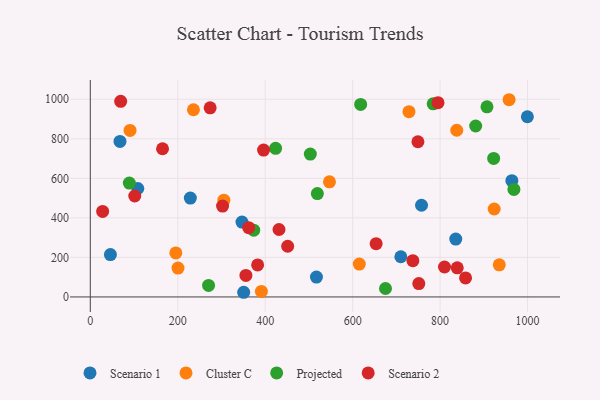
{"axis": {"x": "Price", "y": "Yield"}, "legend": ["Cluster C", "Projected", "Scenario 1", "Scenario 2"], "data": [{"x": "835.8", "y": 292.6, "type": "Scenario 1"}, {"x": "964.1", "y": 588.1, "type": "Scenario 1"}, {"x": "999.6", "y": 911.4, "type": "Scenario 1"}, {"x": "757.5", "y": 463.8, "type": "Scenario 1"}, {"x": "67.9", "y": 786.5, "type": "Scenario 1"}, {"x": "46.0", "y": 214.5, "type": "Scenario 1"}, {"x": "108.6", "y": 548.6, "type": "Scenario 1"}, {"x": "346.9", "y": 378.8, "type": "Scenario 1"}, {"x": "710.2", "y": 203.4, "type": "Scenario 1"}, {"x": "350.8", "y": 23.6, "type": "Scenario 1"}, {"x": "517.2", "y": 100.3, "type": "Scenario 1"}, {"x": "228.8", "y": 500.0, "type": "Scenario 1"}, {"x": "615.2", "y": 166.0, "type": "Cluster C"}, {"x": "235.9", "y": 946.9, "type": "Cluster C"}, {"x": "547.0", "y": 582.3, "type": "Cluster C"}, {"x": "935.3", "y": 162.7, "type": "Cluster C"}, {"x": "200.6", "y": 146.1, "type": "Cluster C"}, {"x": "195.6", "y": 222.8, "type": "Cluster C"}, {"x": "90.9", "y": 842.2, "type": "Cluster C"}, {"x": "728.8", "y": 937.4, "type": "Cluster C"}, {"x": "923.7", "y": 444.9, "type": "Cluster C"}, {"x": "305.5", "y": 489.5, "type": "Cluster C"}, {"x": "957.8", "y": 997.6, "type": "Cluster C"}, {"x": "838.1", "y": 843.2, "type": "Cluster C"}, {"x": "391.3", "y": 27.8, "type": "Cluster C"}, {"x": "784.2", "y": 977.1, "type": "Projected"}, {"x": "675.1", "y": 42.8, "type": "Projected"}, {"x": "89.3", "y": 575.9, "type": "Projected"}, {"x": "373.8", "y": 337.7, "type": "Projected"}, {"x": "618.3", "y": 974.0, "type": "Projected"}, {"x": "519.3", "y": 522.7, "type": "Projected"}, {"x": "423.8", "y": 751.7, "type": "Projected"}, {"x": "922.5", "y": 700.7, "type": "Projected"}, {"x": "270.5", "y": 58.0, "type": "Projected"}, {"x": "881.4", "y": 864.7, "type": "Projected"}, {"x": "503.2", "y": 722.7, "type": "Projected"}, {"x": "968.8", "y": 544.0, "type": "Projected"}, {"x": "907.2", "y": 961.9, "type": "Projected"}, {"x": "101.7", "y": 510.7, "type": "Scenario 2"}, {"x": "653.7", "y": 269.4, "type": "Scenario 2"}, {"x": "431.6", "y": 341.2, "type": "Scenario 2"}, {"x": "451.4", "y": 256.3, "type": "Scenario 2"}, {"x": "382.7", "y": 161.8, "type": "Scenario 2"}, {"x": "795.2", "y": 982.6, "type": "Scenario 2"}, {"x": "69.5", "y": 989.3, "type": "Scenario 2"}, {"x": "751.3", "y": 67.7, "type": "Scenario 2"}, {"x": "396.3", "y": 743.0, "type": "Scenario 2"}, {"x": "28.2", "y": 432.7, "type": "Scenario 2"}, {"x": "362.3", "y": 350.4, "type": "Scenario 2"}, {"x": "858.2", "y": 96.0, "type": "Scenario 2"}, {"x": "355.9", "y": 108.9, "type": "Scenario 2"}, {"x": "810.1", "y": 151.4, "type": "Scenario 2"}, {"x": "737.7", "y": 183.4, "type": "Scenario 2"}, {"x": "302.5", "y": 459.4, "type": "Scenario 2"}, {"x": "839.2", "y": 147.1, "type": "Scenario 2"}, {"x": "274.1", "y": 956.8, "type": "Scenario 2"}, {"x": "165.2", "y": 749.5, "type": "Scenario 2"}, {"x": "749.3", "y": 785.0, "type": "Scenario 2"}]}